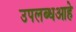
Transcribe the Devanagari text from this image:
उपलब्धआहे